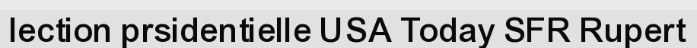
lection prsidentielle USA Today SFR Rupert